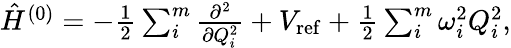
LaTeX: \begin{array}{r}{\hat{H}^{(0)}=-\frac{1}{2}\sum_{i}^{m}\frac{\partial^{2}}{\partial Q_{i}^{2}}+V_{\mathrm{ref}}+\frac{1}{2}\sum_{i}^{m}\omega_{i}^{2}Q_{i}^{2},}\end{array}